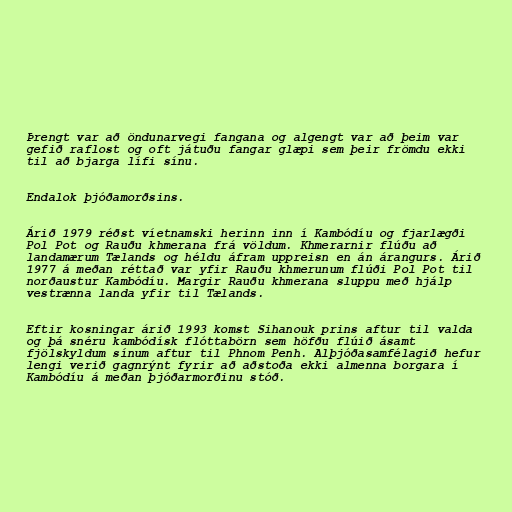
Þrengt var að öndunarvegi fangana og algengt var að þeim var
gefið raflost og oft játuðu fangar glæpi sem þeir frömdu ekki
til að bjarga lífi sínu.

Endalok þjóðamorðsins.

Árið 1979 réðst víetnamski herinn inn í Kambódíu og fjarlægði
Pol Pot og Rauðu khmerana frá völdum. Khmerarnir flúðu að
landamærum Tælands og héldu áfram uppreisn en án árangurs. Árið
1977 á meðan réttað var yfir Rauðu khmerunum flúði Pol Pot til
norðaustur Kambódíu. Margir Rauðu khmerana sluppu með hjálp
vestrænna landa yfir til Tælands.

Eftir kosningar árið 1993 komst Sihanouk prins aftur til valda
og þá snéru kambódísk flóttabörn sem höfðu flúið ásamt
fjölskyldum sínum aftur til Phnom Penh. Alþjóðasamfélagið hefur
lengi verið gagnrýnt fyrir að aðstoða ekki almenna borgara í
Kambódíu á meðan þjóðarmorðinu stóð.